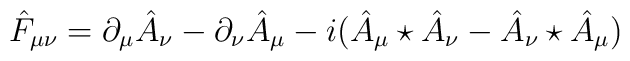
\hat{F}_{\mu\nu} = \partial_{\mu}\hat{A}_{\nu} -\partial_{\nu}\hat{A}_{\mu} -i(\hat{A}_{\mu}\star \hat{A}_{\nu} -\hat{A}_{\nu}\star \hat{A}_{\mu})